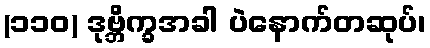
(၁၁၀) ဒုဗ္ဘိက္ခအခါ ပဲနောက်တဆုပ်၊